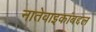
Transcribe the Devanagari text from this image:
नातेवाइकांबद्दल